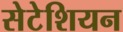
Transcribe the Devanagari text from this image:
सेटेशियन